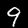
Digit: 9